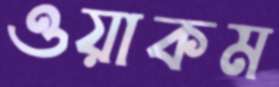
ওয়াকম